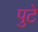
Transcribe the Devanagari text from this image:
पुटे